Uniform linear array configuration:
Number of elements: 48
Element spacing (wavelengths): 1
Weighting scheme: kaiser
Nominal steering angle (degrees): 60
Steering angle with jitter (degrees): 61.629
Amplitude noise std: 0.05
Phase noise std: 0.05

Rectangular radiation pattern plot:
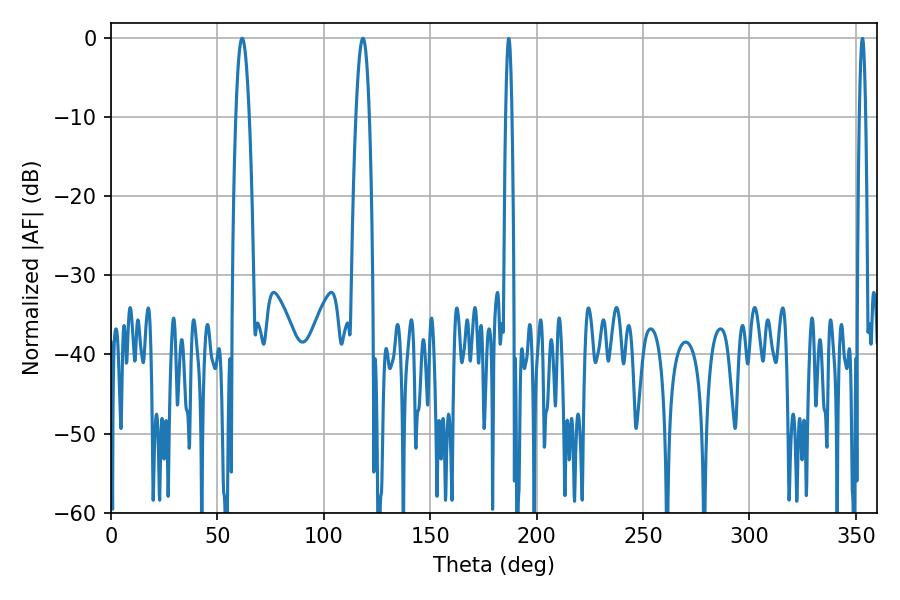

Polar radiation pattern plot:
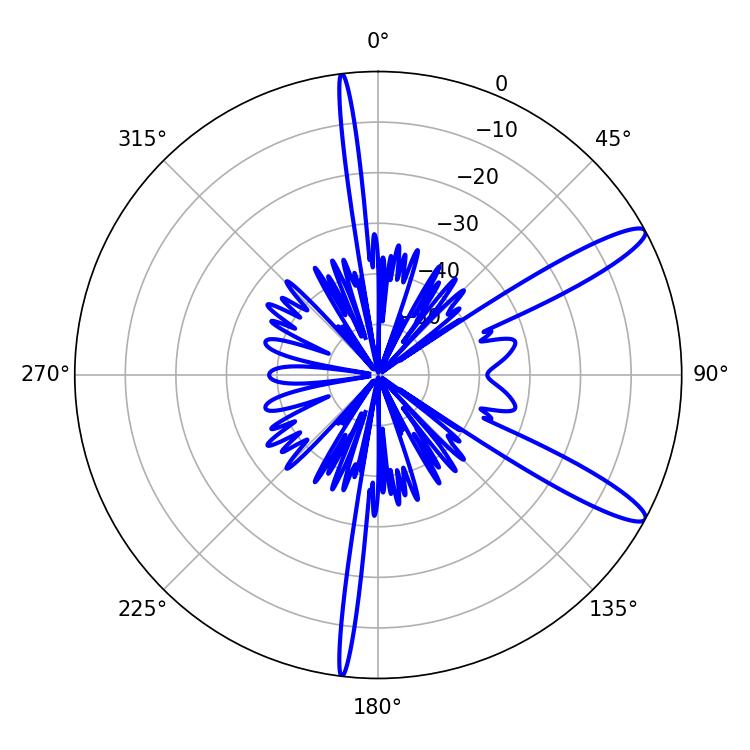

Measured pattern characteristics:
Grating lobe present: TRUE
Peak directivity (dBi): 12.642
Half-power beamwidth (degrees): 3.42
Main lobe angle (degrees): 61.56